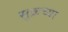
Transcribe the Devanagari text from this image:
सुक्रच्या